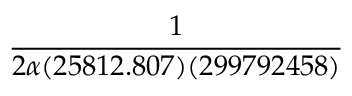
\frac { 1 } { 2 \alpha ( 2 5 8 1 2 . 8 0 7 ) ( 2 9 9 7 9 2 4 5 8 ) }